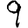
Digit: 9